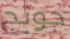
جونج